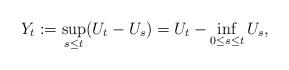
LaTeX: \begin{align*}Y_t & := \sup_{s\leq t}(U_t-U_s) = U_t - \inf_{0\leq s\leq t}U_s,\end{align*}